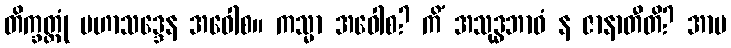
တိက္ခတ္တုံ မဟာသဒ္ဒေန အဝေါစ။ ကသ္မာ အဝေါစ? ကိံ အသုဒ္ဓဘာဝံ န ဇာနာတီတိ? အာမ